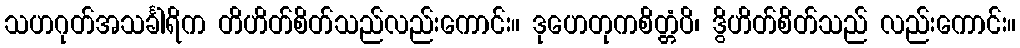
သဟဂုတ်အသင်္ခါရိက တိဟိတ်စိတ်သည်လည်းကောင်း။ ဒုဟေတုကစိတ္တံပိ၊ ဒွိဟိတ်စိတ်သည် လည်းကောင်း။